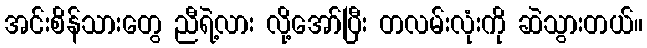
အင်းစိန်သားတွေ ညီရဲ့လား လို့အော်ပြီး တလမ်းလုံးကို ဆဲသွားတယ်။